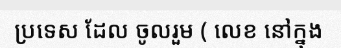
ប្រទេស ដែល ចូលរួម ( លេខ នៅក្នុង